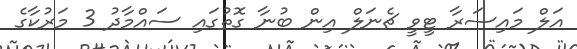
އަލް މައިސަރާ ޓީވީ ޗެނަލް އިން ބުނާ ގޮތުގައި ސައްމާދު 3 މަރުކާގެ